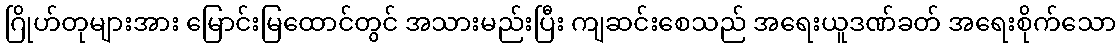
ဂြိုဟ်တုများအား မြောင်းမြထောင်တွင် အသားမည်းပြီး ကျဆင်းစေသည် အရေးယူဒဏ်ခတ် အရေးစိုက်သော